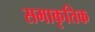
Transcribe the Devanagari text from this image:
समाकृतिक